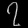
Digit: ၇